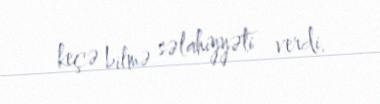
keçə bilmə səlahiyyəti verdi.